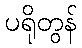
ပရိုတွန်